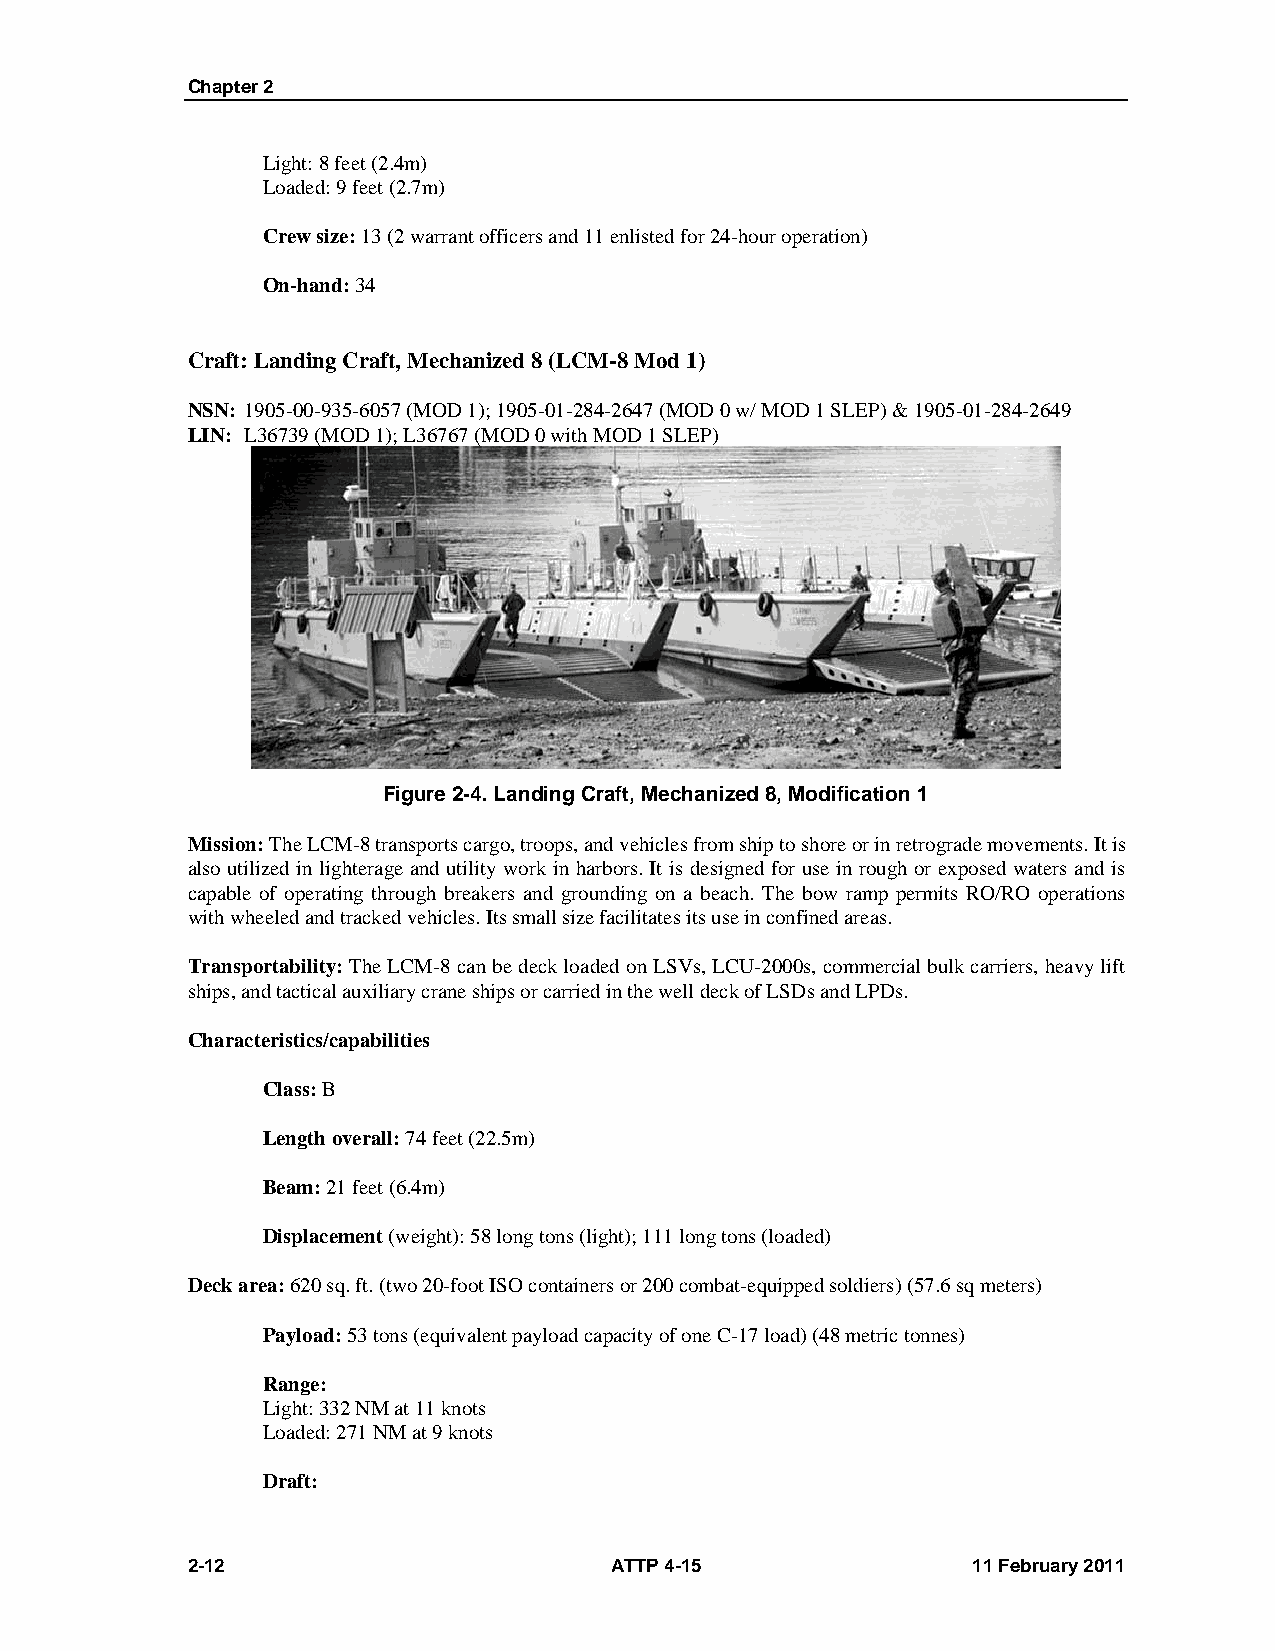
Chapter 2
 Light: 8 feet (2.4m)
 Loaded: 9 feet (2.7m)
 Crew size: 13 (2 warrant officers and 11 enlisted for 24-hour operation)
 On-hand: 34
 Craft: Landing Craft, Mechanized 8 (LCM-8 Mod 1)
 NSN: 1905-00-935-6057 (MOD 1); 1905-01-284-2647 (MOD 0 w/ MOD 1 SLEP) & 1905-01-284-2649
 LIN: L36739 (MOD 1); L36767 (MOD 0 with MOD 1 SLEP)
 Figure 2-4. Landing Craft, Mechanized 8, Modification 1
 Mission: The LCM-8 transports cargo, troops, and vehicles from ship to shore or in retrograde movements. It is
 also utilized in lighterage and utility work in harbors. It is designed for use in rough or exposed waters and is
 capable of operating through breakers and grounding on a beach. The bow ramp permits RO/RO operations
 with wheeled and tracked vehicles. Its small size facilitates its use in confined areas.
 Transportability: The LCM-8 can be deck loaded on LSVs, LCU-2000s, commercial bulk carriers, heavy lift
 ships, and tactical auxiliary crane ships or carried in the well deck of LSDs and LPDs.
 Characteristics/capabilities
 Class: B
 Length overall: 74 feet (22.5m)
 Beam: 21 feet (6.4m)
 Displacement (weight): 58 long tons (light); 111 long tons (loaded)
 Deck area: 620 sq. ft. (two 20-foot ISO containers or 200 combat-equipped soldiers) (57.6 sq meters)
 Payload: 53 tons (equivalent payload capacity of one C-17 load) (48 metric tonnes)
 Range:
 Light: 332 NM at 11 knots
 Loaded: 271 NM at 9 knots
 Draft:
 2-12                        ATTP 4-15               11 February 2011